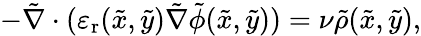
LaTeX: -\tilde{\nabla}\cdot(\varepsilon_{\mathrm{r}}(\tilde{x},\tilde{y})\tilde{\nabla}\tilde{\phi}(\tilde{x},\tilde{y}))=\nu\tilde{\rho}(\tilde{x},\tilde{y}),